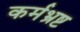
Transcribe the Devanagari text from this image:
कर्मभ्रष्ट